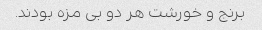
برنج و خورشت هر دو بی مزه بودند.